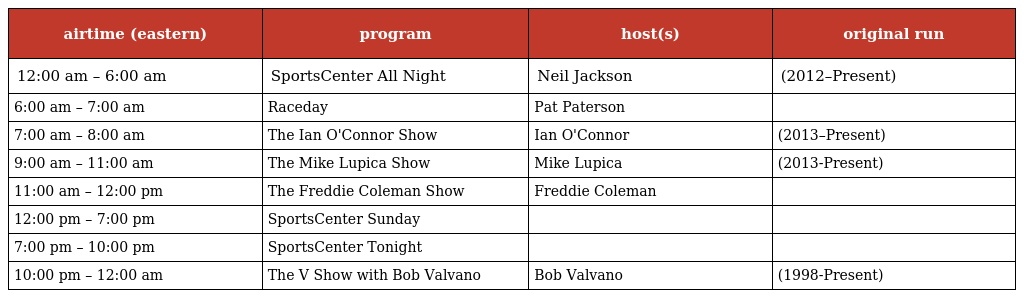
| airtime (eastern) | program | host(s) | original run |
 | --- | --- | --- | --- |
 | 12:00 am – 6:00 am | SportsCenter All Night | Neil Jackson | (2012–Present) |
 | 6:00 am – 7:00 am | Raceday | Pat Paterson |  |
 | 7:00 am – 8:00 am | The Ian O'Connor Show | Ian O'Connor | (2013–Present) |
 | 9:00 am – 11:00 am | The Mike Lupica Show | Mike Lupica | (2013-Present) |
 | 11:00 am – 12:00 pm | The Freddie Coleman Show | Freddie Coleman |  |
 | 12:00 pm – 7:00 pm | SportsCenter Sunday |  |  |
 | 7:00 pm – 10:00 pm | SportsCenter Tonight |  |  |
 | 10:00 pm – 12:00 am | The V Show with Bob Valvano | Bob Valvano | (1998-Present) |